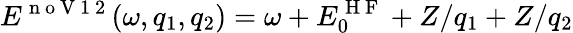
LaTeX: E^{\mathrm{~n~o~V~1~2~}}(\omega,q_{1},q_{2})=\omega+E_{0}^{\mathrm{~H~F~}}+Z/q_{1}+Z/q_{2}